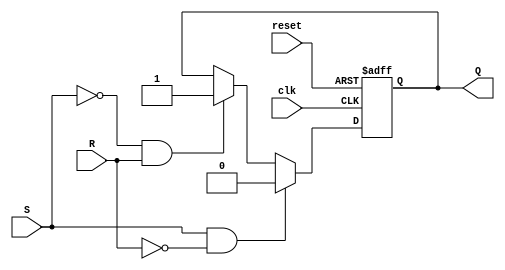
module sr_ff (
  input wire clk,
  input wire reset,
  input wire S,
  input wire R,
  output reg Q
);

reg Qm, Qs;

always @(posedge clk or posedge reset) begin
  if (reset) begin
    Qm <= 1'b0;
    Qs <= 1'b1;
  end else if (S && !R) begin
    Qm <= 1'b1;
    Qs <= 1'b0;
  end else if (!S && R) begin
    Qm <= 1'b0;
    Qs <= 1'b1;
  end else begin
    Qm <= Qm;
    Qs <= Qs;
  end
end

assign Q = Qs;

endmodule